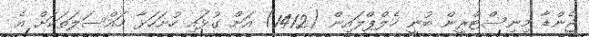
ޖެންޑާ މިނިސްޓްރީން ބުނީ ހެލްޕްލައިން (1412) އަށް ގުޅައި ހުށަހަޅާ މައްސަލަތަކަށް އެ